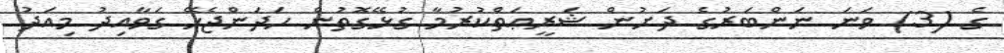
ގެ (3) ވަނަ ނަންބަރުގެ ދަށުން ޝަރީޢަތްކުރުމާ ގުޅޭގޮތުން ހަދަންޖެހޭ ގަވާއިދު މިއަދު